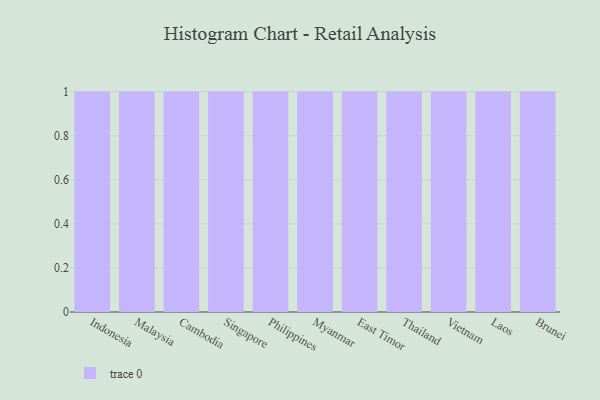
{"axis": {"x": "Country", "y": "Customer Acquisition Cost (USD)"}, "legend": [""], "data": [{"x": "Indonesia", "y": 16, "type": ""}, {"x": "Malaysia", "y": 16, "type": ""}, {"x": "Cambodia", "y": 65, "type": ""}, {"x": "Singapore", "y": 49, "type": ""}, {"x": "Philippines", "y": 93, "type": ""}, {"x": "Myanmar", "y": 36, "type": ""}, {"x": "East Timor", "y": 73, "type": ""}, {"x": "Thailand", "y": 5, "type": ""}, {"x": "Vietnam", "y": 25, "type": ""}, {"x": "Laos", "y": 78, "type": ""}, {"x": "Brunei", "y": 90, "type": ""}]}